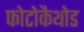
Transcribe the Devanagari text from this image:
फोटोकैथोड